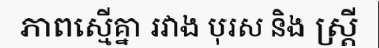
ភាពស្មើគ្នា រវាង បុរស និង ស្ត្រី